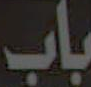
باب